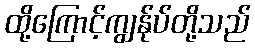
ထို့ကြောင့်ကျွန်ုပ်တို့သည်